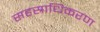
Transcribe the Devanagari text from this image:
सहस्राधिकरण